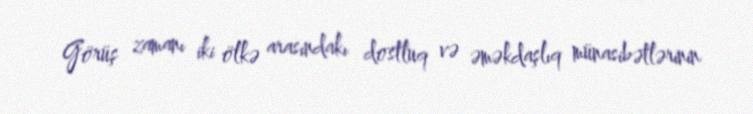
Görüş zamanı iki ölkə arasındakı dostluq və əməkdaşlıq münasibətlərinin